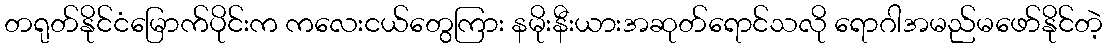
တရုတ်နိုင်ငံမြောက်ပိုင်းက ကလေးငယ်တွေကြား နမိုးနီးယားအဆုတ်ရောင်သလို ရောဂါအမည်မဖော်နိုင်တဲ့